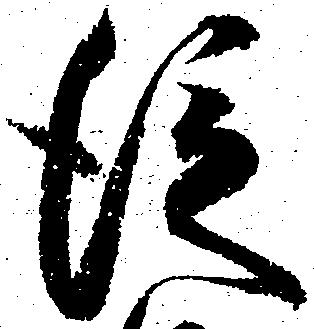
従